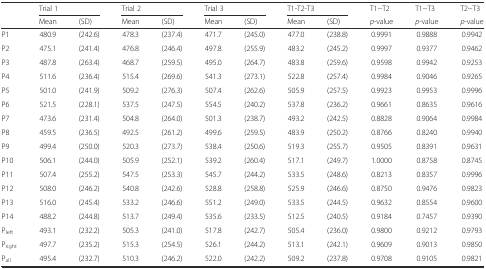
<table><thead><tr><td rowspan="2"></td><td colspan="2"><b>Trial 1</b></td><td colspan="2"><b>Trial 2</b></td><td colspan="2"><b>Trial 3</b></td><td colspan="2"><b>T1-T2-T3</b></td><td><b>T1−T2</b></td><td><b>T1−T3</b></td><td><b>T2−T3</b></td></tr><tr><td><b>Mean</b></td><td><b>(SD)</b></td><td><b>Mean</b></td><td><b>(SD)</b></td><td><b>Mean</b></td><td><b>(SD)</b></td><td><b>Mean</b></td><td><b>(SD)</b></td><td><b><i>p</i>-value</b></td><td><b><i>p</i>-value</b></td><td><b><i>p</i>-value</b></td></tr></thead><tbody><tr><td>P1</td><td>480.9</td><td>(242.6)</td><td>478.3</td><td>(237.4)</td><td>471.7</td><td>(245.0)</td><td>477.0</td><td>(238.8)</td><td>0.9991</td><td>0.9888</td><td>0.9942</td></tr><tr><td>P2</td><td>475.1</td><td>(241.4)</td><td>476.8</td><td>(246.4)</td><td>497.8</td><td>(255.9)</td><td>483.2</td><td>(245.2)</td><td>0.9997</td><td>0.9377</td><td>0.9462</td></tr><tr><td>P3</td><td>487.8</td><td>(263.4)</td><td>468.7</td><td>(259.5)</td><td>495.0</td><td>(264.7)</td><td>483.8</td><td>(259.6)</td><td>0.9598</td><td>0.9942</td><td>0.9253</td></tr><tr><td>P4</td><td>511.6</td><td>(236.4)</td><td>515.4</td><td>(269.6)</td><td>541.3</td><td>(273.1)</td><td>522.8</td><td>(257.4)</td><td>0.9984</td><td>0.9046</td><td>0.9265</td></tr><tr><td>P5</td><td>501.0</td><td>(241.9)</td><td>509.2</td><td>(276.3)</td><td>507.4</td><td>(262.6)</td><td>505.9</td><td>(257.5)</td><td>0.9923</td><td>0.9953</td><td>0.9996</td></tr><tr><td>P6</td><td>521.5</td><td>(228.1)</td><td>537.5</td><td>(247.5)</td><td>554.5</td><td>(240.2)</td><td>537.8</td><td>(236.2)</td><td>0.9661</td><td>0.8635</td><td>0.9616</td></tr><tr><td>P7</td><td>473.6</td><td>(231.4)</td><td>504.8</td><td>(264.0)</td><td>501.3</td><td>(238.7)</td><td>493.2</td><td>(242.5)</td><td>0.8828</td><td>0.9064</td><td>0.9984</td></tr><tr><td>P8</td><td>459.5</td><td>(236.5)</td><td>492.5</td><td>(261.2)</td><td>499.6</td><td>(259.5)</td><td>483.9</td><td>(250.2)</td><td>0.8766</td><td>0.8240</td><td>0.9940</td></tr><tr><td>P9</td><td>499.4</td><td>(250.0)</td><td>520.3</td><td>(273.7)</td><td>538.4</td><td>(250.6)</td><td>519.3</td><td>(255.7)</td><td>0.9505</td><td>0.8391</td><td>0.9631</td></tr><tr><td>P10</td><td>506.1</td><td>(244.0)</td><td>505.9</td><td>(252.1)</td><td>539.2</td><td>(260.4)</td><td>517.1</td><td>(249.7)</td><td>1.0000</td><td>0.8758</td><td>0.8745</td></tr><tr><td>P11</td><td>507.4</td><td>(255.2)</td><td>547.5</td><td>(253.3)</td><td>545.7</td><td>(244.2)</td><td>533.5</td><td>(248.6)</td><td>0.8213</td><td>0.8357</td><td>0.9996</td></tr><tr><td>P12</td><td>508.0</td><td>(246.2)</td><td>540.8</td><td>(242.6)</td><td>528.8</td><td>(258.8)</td><td>525.9</td><td>(246.6)</td><td>0.8750</td><td>0.9476</td><td>0.9823</td></tr><tr><td>P13</td><td>516.0</td><td>(245.4)</td><td>533.2</td><td>(246.6)</td><td>551.2</td><td>(249.0)</td><td>533.5</td><td>(244.5)</td><td>0.9632</td><td>0.8554</td><td>0.9600</td></tr><tr><td>P14</td><td>488.2</td><td>(244.8)</td><td>513.7</td><td>(249.4)</td><td>535.6</td><td>(233.5)</td><td>512.5</td><td>(240.5)</td><td>0.9184</td><td>0.7457</td><td>0.9390</td></tr><tr><td>P<sub>left</sub></td><td>493.1</td><td>(232.2)</td><td>505.3</td><td>(241.0)</td><td>517.8</td><td>(242.7)</td><td>505.4</td><td>(236.0)</td><td>0.9800</td><td>0.9212</td><td>0.9793</td></tr><tr><td>P<sub>right</sub></td><td>497.7</td><td>(235.2)</td><td>515.3</td><td>(254.5)</td><td>526.1</td><td>(244.2)</td><td>513.1</td><td>(242.1)</td><td>0.9609</td><td>0.9013</td><td>0.9850</td></tr><tr><td>P<sub>all</sub></td><td>495.4</td><td>(232.7)</td><td>510.3</td><td>(246.2)</td><td>522.0</td><td>(242.2)</td><td>509.2</td><td>(237.8)</td><td>0.9708</td><td>0.9105</td><td>0.9821</td></tr></tbody></table>